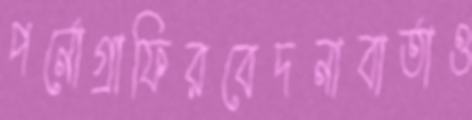
পর্নোগ্রাফিরবেদনাবার্তাও